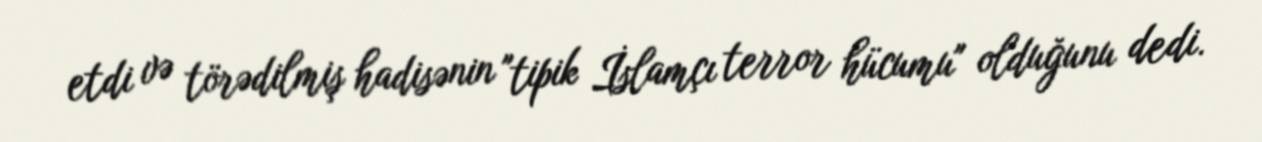
etdi və törədilmiş hadisənin "tipik İslamçı terror hücumu" olduğunu dedi.